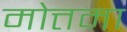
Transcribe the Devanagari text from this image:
मोत्तमा